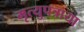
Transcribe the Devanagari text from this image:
मृत्युपत्राया